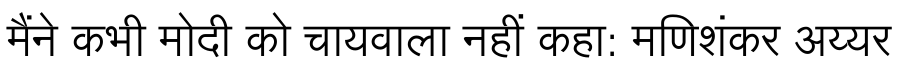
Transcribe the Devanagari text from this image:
मैंने कभी मोदी को चायवाला नहीं कहा: मणिशंकर अय्यर